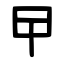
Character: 曱